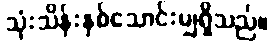
သုံးသိန်းနှစ်သောင်းမျှရှိသည်။